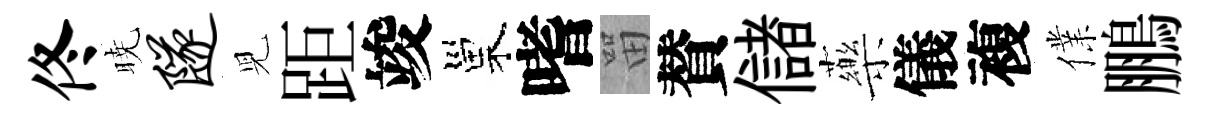
佟暁隧児距竣巢嗜㽞賛儲藥儀複㒒鵬